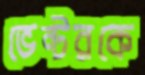
ভেন্টরকে